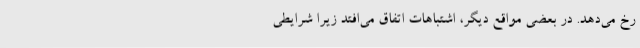
رخ می‌دهد. در بعضی مواقع دیگر، اشتباهات اتفاق می‌افتد زیرا شرایطی